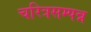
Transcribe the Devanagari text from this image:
चरित्रसम्पन्न